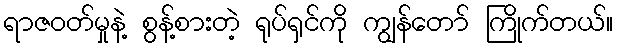
ရာဇဝတ်မှုနဲ့ စွန့်စားတဲ့ ရုပ်ရှင်ကို ကျွန်တော် ကြိုက်တယ်။